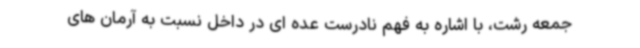
جمعه رشت، با اشاره به فهم نادرست عده ای در داخل نسبت به آرمان های